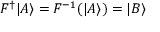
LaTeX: F ^ { \dagger } | A \rangle = F ^ { - 1 } ( | A \rangle ) = | B \rangle